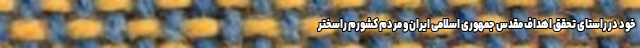
خود در راستای تحقق اهداف مقدس جمهوری اسلامی ایران و مردم کشورم راسختر